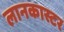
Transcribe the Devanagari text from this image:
लानकास्टर